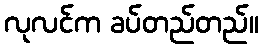
လုလင်က ခပ်တည်တည်။